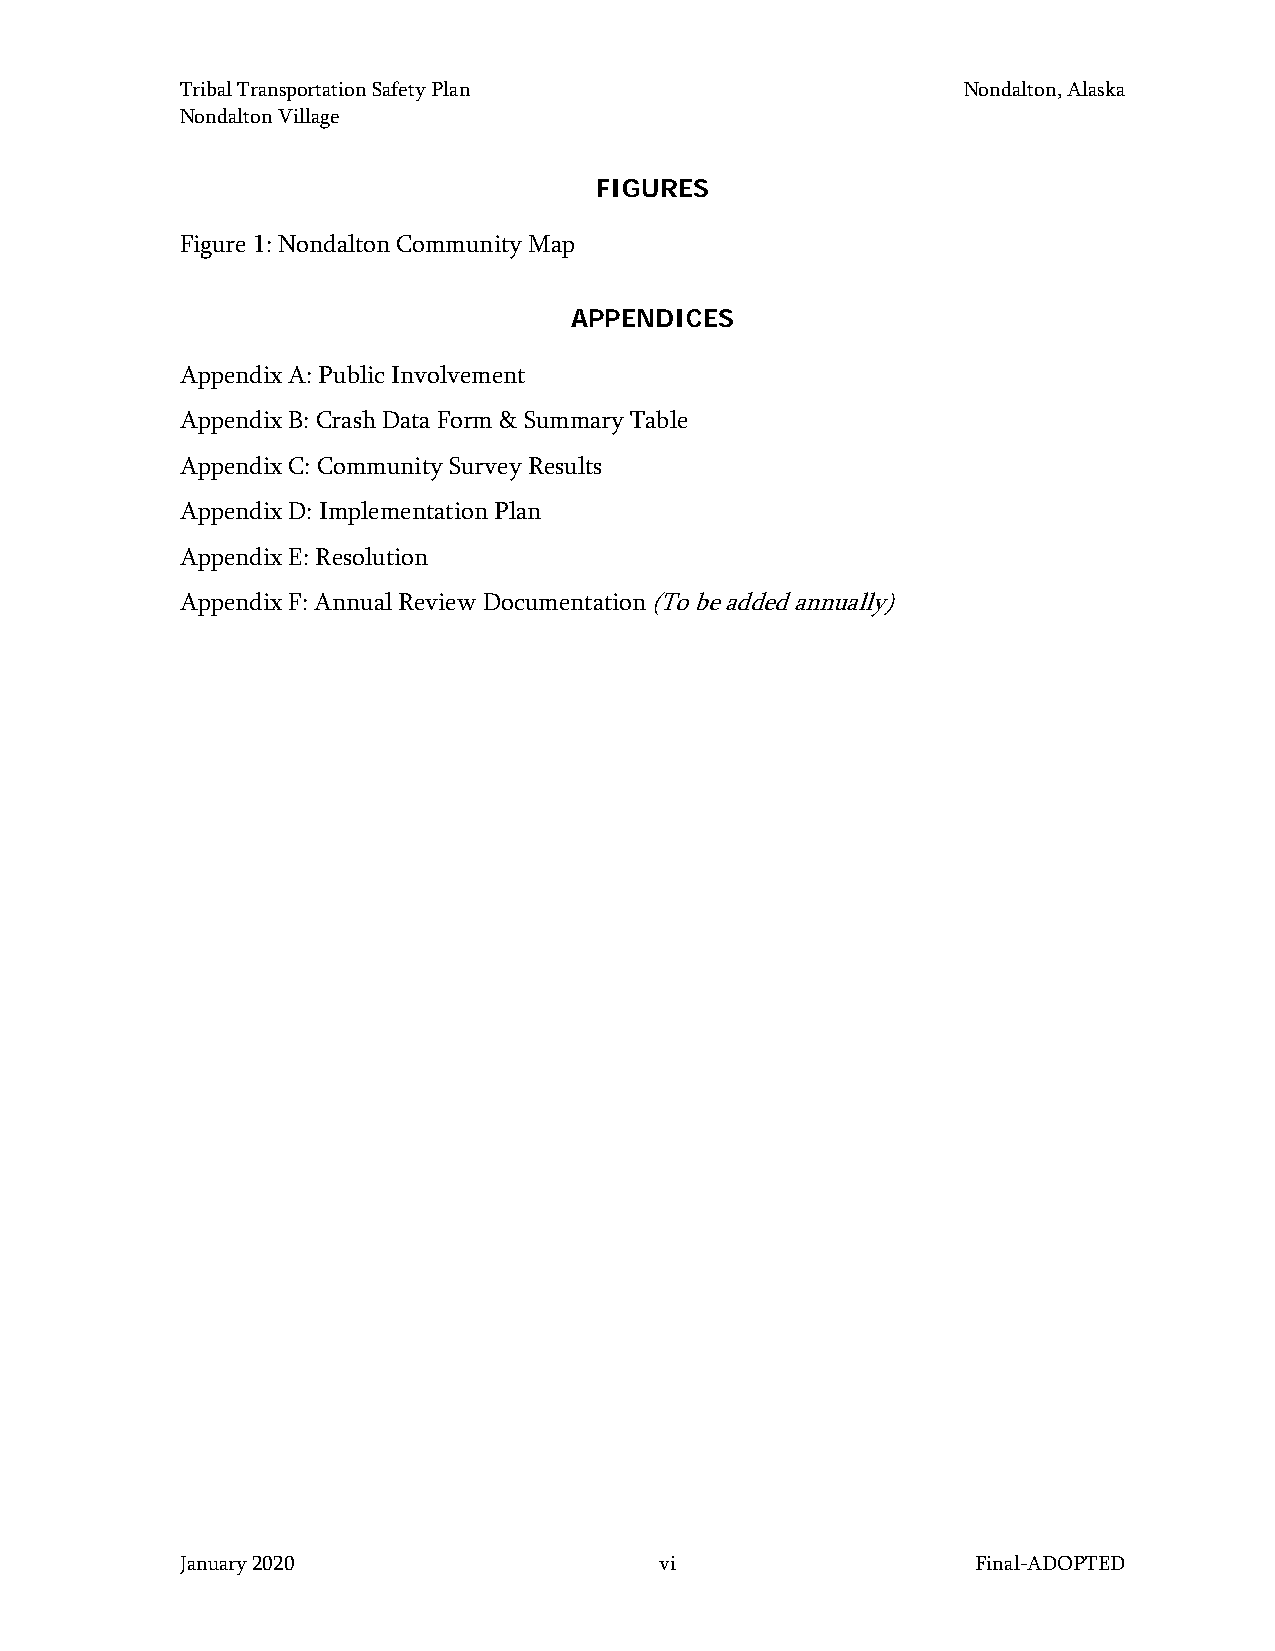
Tribal Transportation Safety Plan                   Nondalton, Alaska
 Nondalton Village
 FIGURES
 Figure 1: Nondalton Community Map
 APPENDICES
 Appendix A: Public Involvement
 Appendix B: Crash Data Form & Summary Table
 Appendix C: Community Survey Results
 Appendix D: Implementation Plan
 Appendix E: Resolution
 Appendix F: Annual Review Documentation (To be added annually)
 January 2020                    vi                   Final-ADOPTED